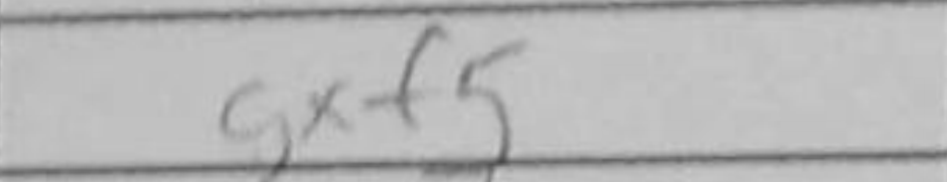
Transcription: gxf5